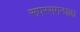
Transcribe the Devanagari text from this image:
रूपरसगन्धाश्च